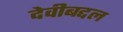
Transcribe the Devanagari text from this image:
देवीबद्दल